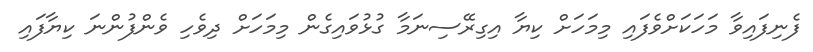
ފެނިފައިވާ މަހަކަށްވެފައި މިމަހަށް ކިޔާ އިގިރޭސިނަމާ ގުޅުވައިގެން މިމަހަށް ދިވެހި ވެންފުންނަ ކިޔާފައި